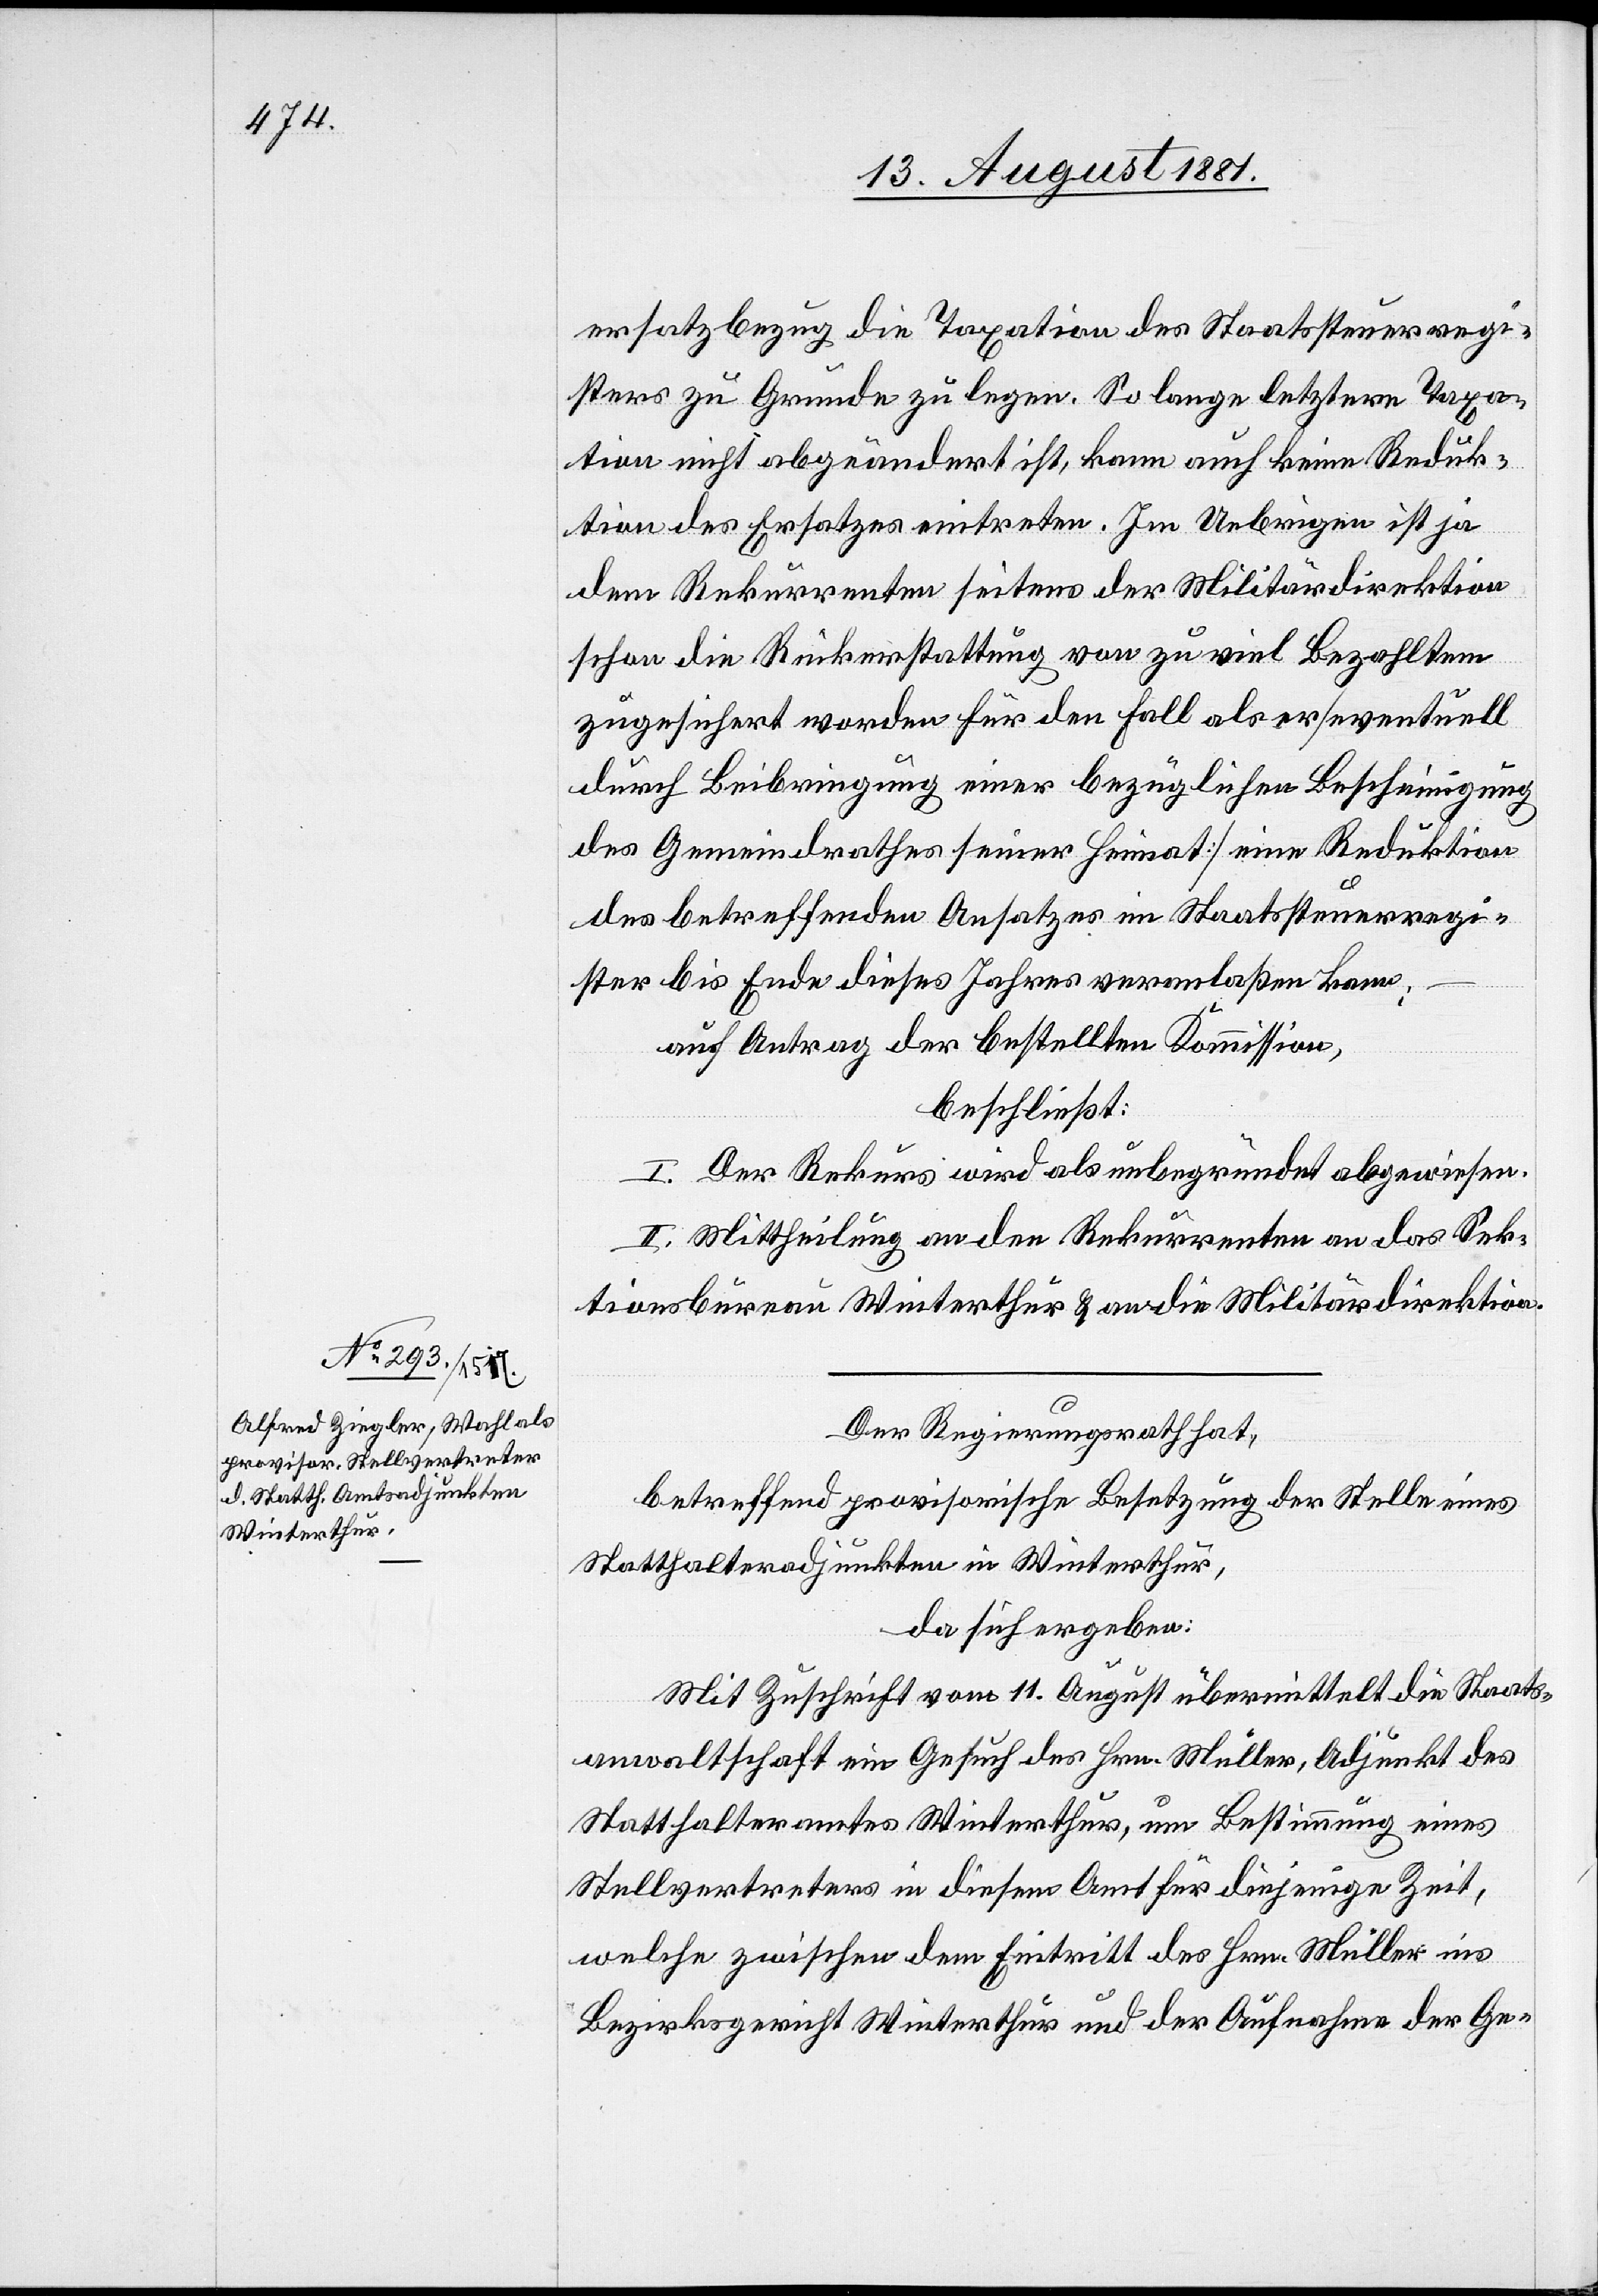
ersatzbezug die Taxation des Staatssteuerregi¬
sters zu Grunde zu legen. So lange letztere Taxa¬
tion nicht abgeändert ist, kann auch keine Reduk¬
tion des Ersatzes eintreten. Im Uebrigen ist ja
dem Rekurrenten seitens der Militärdirektion
schon die Rückerstattung von zu viel Bezahltem
zugesichert worden für den Fall als er [eventuell
durch Beibringung einer bezüglichen Bescheinigung
des Gemeindrathes seiner Heimat] einer Reduktion
des betreffenden Ansatzes im Staatssteuerregi¬
ster bis Ende dieses Jahres veranlaßen kann;
auf Antrag der bestellten Kommission,
beschließt:
I. Der Rekurs wird als unbegründet abgewiesen.
II. Mittheilung an den Rekurrenten an das Sek¬
tionsbureau Winterthur & an die Militärdirektion.
Der Regierungsrath hat,
betreffend provisorische Besetzung der Stelle eines
Statthalteradjunkten in Winterthur,
da sich ergeben:
Mit Zuschrift vom 11. August übermittelt die Staats¬
anwaltschaft ein Gesuch des Hrn. Müller, Adjunkt des
Statthalteramtes Winterthur, um Bestimmung eines
Stellvertreters in diesem Amt für diejenige Zeit,
welche zwischen dem Eintritt des Hrn. Müller ins
Bezirksgericht Winterthur und der Aufnahme der Ge-